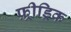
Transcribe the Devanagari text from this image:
फ़्रीड्रिक